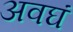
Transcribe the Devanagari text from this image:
अवघं